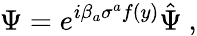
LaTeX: \Psi=e^{i\beta_{a}\sigma^{a}f(y)}\hat{\Psi}\ ,